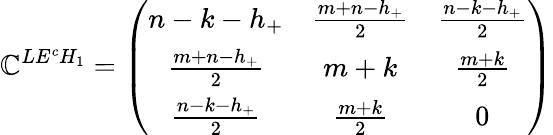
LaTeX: \mathbb{C}^{LE^{c}H_{1}}=\left(\begin{array}{ccc}{{n-k-h_{+}}}&{{\frac{m+n-h_{+}}{2}}}&{{\frac{n-k-h_{+}}{2}}}\\ {{\frac{m+n-h_{+}}{2}}}&{{m+k}}&{{\frac{m+k}{2}}}\\ {{\frac{n-k-h_{+}}{2}}}&{{\frac{m+k}{2}}}&{{0}}\end{array}\right)